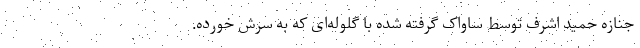
جنازه حمید اشرف توسط ساواک گرفته شده با گلوله‌ای که به سرش خورده.